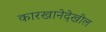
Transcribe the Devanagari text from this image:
कारखानेदेखील